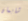
شابمان